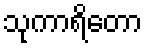
သုကာရိတော